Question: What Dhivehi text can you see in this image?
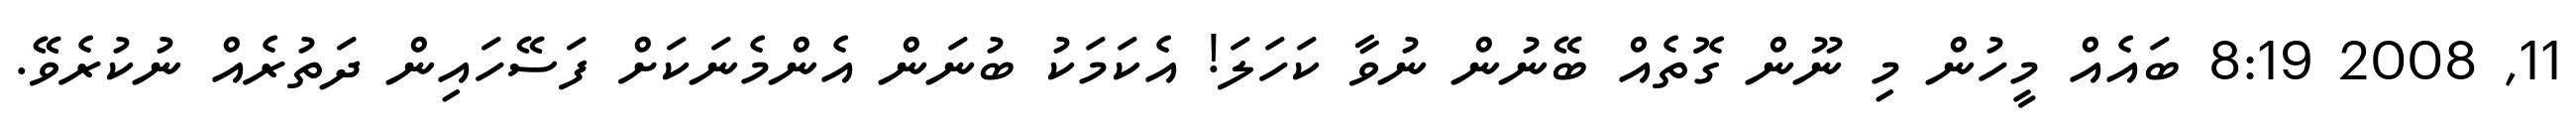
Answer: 11, 2008 8:19 ބައެއް މީހުން މި ނޫން ގޮތެއް ބޭނުން ނުވާ ކަހަލަ! އެކަމަކު ބުނަން އެންމެނަކަށް ފަސޭހައިން ދަތުރެއް ނުކުރެވޭ.